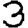
Digit: 3